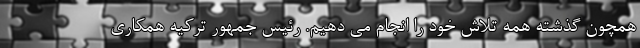
همچون گذشته همه تلاش خود را انجام می دهیم. رئیس جمهور ترکیه همکاری